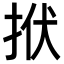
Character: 𢫯